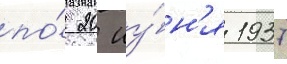
по́ 20 иу́н'я 1937